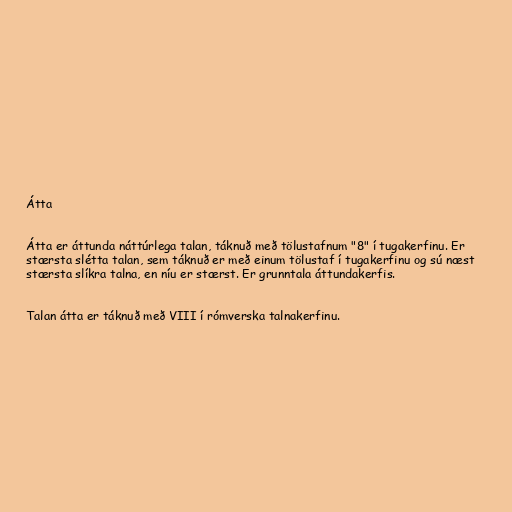
Átta

Átta er áttunda náttúrlega talan, táknuð með tölustafnum "8" í tugakerfinu. Er
stærsta slétta talan, sem táknuð er með einum tölustaf í tugakerfinu og sú næst
stærsta slíkra talna, en níu er stærst. Er grunntala áttundakerfis.

Talan átta er táknuð með VIII í rómverska talnakerfinu.